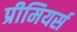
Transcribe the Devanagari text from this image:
प्रीमियर्स